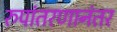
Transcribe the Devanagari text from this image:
रुपांतरणानंतर